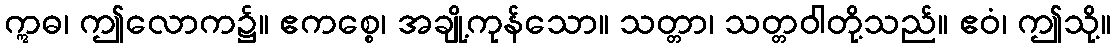
ဣဓ၊ ဤလောက၌။ ဧကစ္စေ၊ အချို့ကုန်သော။ သတ္တာ၊ သတ္တဝါတို့သည်။ ဧဝံ၊ ဤသို့။